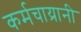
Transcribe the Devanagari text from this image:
कर्मचाय्रानी